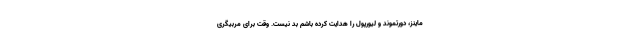
ماینز، دورتموند و لیورپول را هدایت کرده باشم بد نیست. وقت برای مربیگری